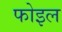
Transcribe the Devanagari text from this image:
फोइल